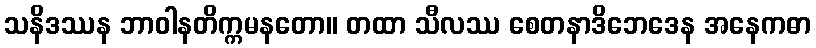
သနိဒဿန ဘာဝါနတိက္ကမနတော။ တထာ သီလဿ စေတနာဒိဘေဒေန အနေကဓာ